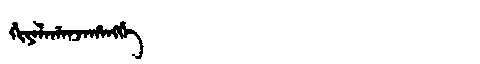
Manchu: ᡤᡳᠶᠠᠯᠠᡤᠠᠨᠵᠠᡥᠠᠩᡤᡝ
Romanization: GIYALAGANJAHANGGE